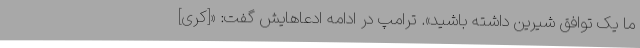
ما یک توافق شیرین داشته باشید». ترامپ در ادامه ادعاهایش گفت: «[کری]